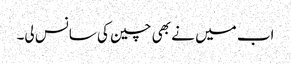
اب میں نے بھی چین کی سانس لی۔